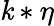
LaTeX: \mathit{k}*\eta